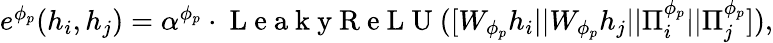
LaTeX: \begin{array}{r}{\begin{array}{r}{e^{\phi_{p}}(h_{i},h_{j})=\alpha^{\phi_{p}}\cdot\mathrm{~L~e~a~k~y~R~e~L~U~}([W_{\phi_{p}}h_{i}||W_{\phi_{p}}h_{j}||\Pi_{i}^{\phi_{p}}||\Pi_{j}^{\phi_{p}}]),}\end{array}}\end{array}